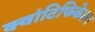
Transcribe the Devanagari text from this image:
क्वांटिफिकेशन